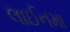
લાઈનમા